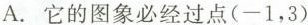
A. 它的图象必经过点(-1，3)